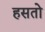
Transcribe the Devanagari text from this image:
हसतो